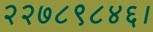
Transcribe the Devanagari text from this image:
२२७८९८४६।